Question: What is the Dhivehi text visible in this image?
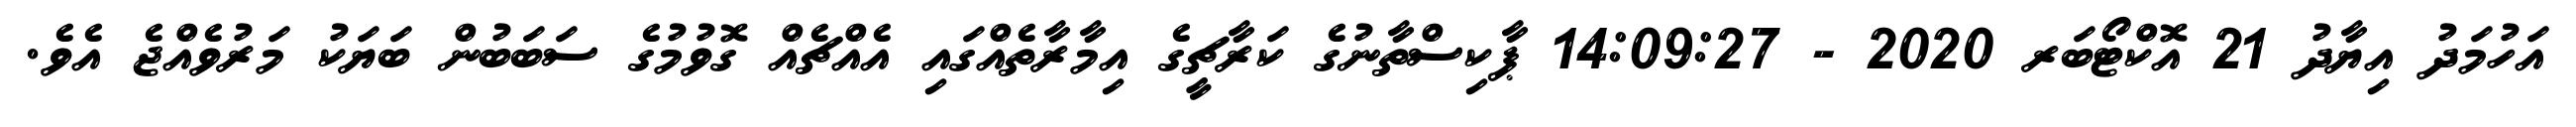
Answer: އަހުމަދު އިޔާދު 21 އޮކްޓޯބަރ 2020 - 14:09:27 ޕާކިސްތާނުގެ ކަރާޗީގެ އިމާރާތެއްގައި އެއްޗެއް ގޮވުމުގެ ސަބަބުން ބަޔަކު މަރުވެއްޖެ އެވެ.